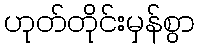
ဟုတ်တိုင်းမှန်စွာ